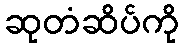
ဆုတံဆိပ်ကို